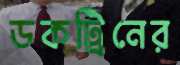
ডকট্রিনের